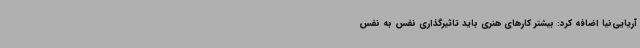
آریایی‌نیا اضافه کرد: بیشتر کارهای هنری باید تاثیرگذاری نفس به نفس